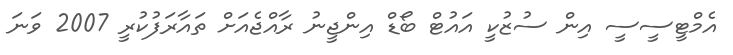
އެމްޓީސީސީ އިން ސުޒުކީ އައުޓް ބޯޑް އިންޖީނު ރާއްޖެއަށް ތައާރަފުކުރީ 2007 ވަނަ